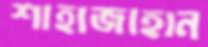
শাহাজাহান